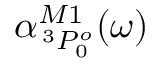
\alpha _ { \, ^ { 3 } P _ { 0 } ^ { o } } ^ { M 1 } ( \omega )